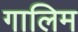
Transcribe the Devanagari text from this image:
गालिम